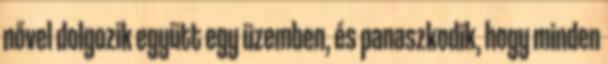
nővel dolgozik együtt egy üzemben, és panaszkodik, hogy minden